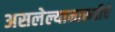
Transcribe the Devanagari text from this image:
असलेल्यामारुतीचे